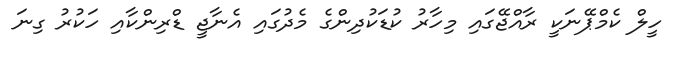
ހީލް ކެމްޕޭނަކީ ރާއްޖޭގައި މިހާރު ކުޑަކުދިންގެ މެދުގައި އެނާޖީ ޑްރިންކާއި ހަކުރު ގިނަ